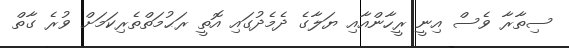
ސިތާރާ ވެސް އިނީ ރީހާންއާއި ޔަލާގެ ދެމެދުގައި އޮތީ ރަޙުމަތްތެރިކަމަށް ވުރެ ގާތް